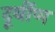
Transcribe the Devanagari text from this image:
दूर्बीण